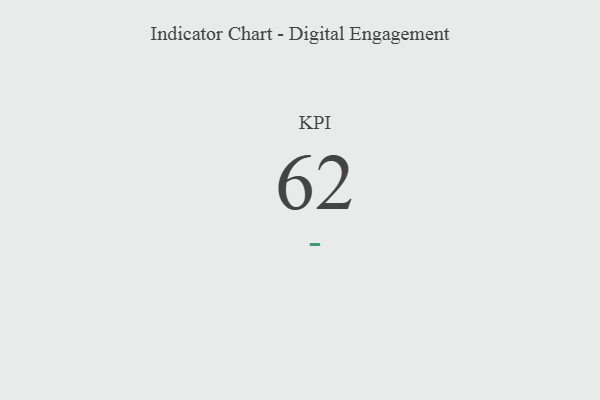
{"axis": {"x": "KPI", "y": "Value"}, "legend": [""], "data": [{"x": "KPI", "y": 62, "type": ""}]}